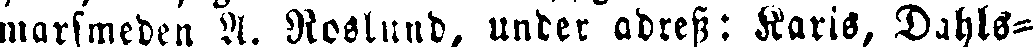
marsmeden A. Roslund, under adress: Karis, Dahls-